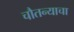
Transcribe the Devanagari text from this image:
चौतन्याचा